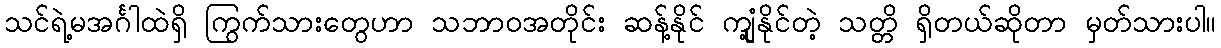
သင်ရဲ့မအင်္ဂါထဲရှိ ကြွက်သားတွေဟာ သဘာဝအတိုင်း ဆန့်နိုင် ကျုံ့နိုင်တဲ့ သတ္တိ ရှိတယ်ဆိုတာ မှတ်သားပါ။